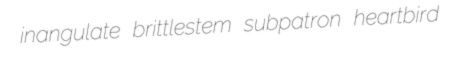
inangulate brittlestem subpatron heartbird